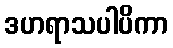
ဒဟရာသပါပိကာ